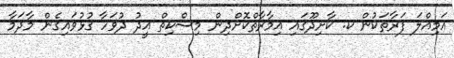
އަމިއްލަ ފަރާތަކުން ކ. ކާށިދޫގައި އިމާރާތްކޮށްދިން މިސްކިތް އީދު ދުވަހާ ގުޅުވައިގެން މާދަމާ